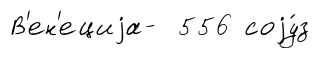
В'ен'ециjа- 556 соjу́з